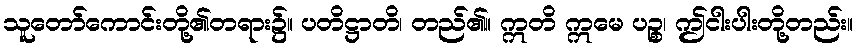
သူတော်ကောင်းတို့၏တရား၌။ ပတိဋ္ဌာတိ၊ တည်၏။ ဣတိ ဣမေ ပဉ္စ၊ ဤငါးပါးတို့တည်း။